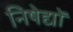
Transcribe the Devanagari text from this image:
निषेद्यों